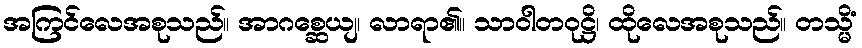
အကြင်လေအစုသည်။ အာဂစ္ဆေယျ၊ လာရာ၏။ သာဝါတဝုဋ္ဌိ၊ ထိုလေအစုသည်။ တသ္မိံ